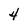
Character: 4